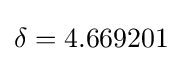
\delta =4.669201